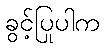
ခွင့်ပြုပါက